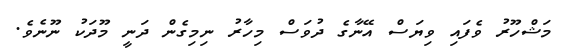
މަޝްހޫރު ވެފައި ވިޔަސް އޭނާގެ ދުވަސް މިހާރު ނިމިގެން ދަނީ މޫދަކު ނޫނެވެ.